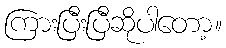
ကြားပြီးပြီဆိုပါတော့။